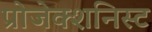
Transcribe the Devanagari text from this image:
प्रोजेक्शनिस्ट